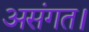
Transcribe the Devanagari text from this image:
असंगत।